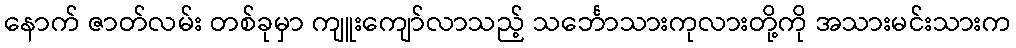
နောက် ဇာတ်လမ်း တစ်ခုမှာ ကျူးကျော်လာသည့် သင်္ဘောသားကုလားတို့ကို အသားမင်းသားက